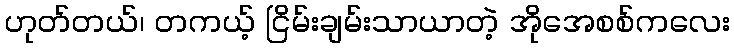
ဟုတ်တယ်၊ တကယ့် ငြိမ်းချမ်းသာယာတဲ့ အိုအေစစ်ကလေး